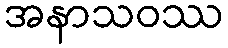
အနာသဝဿ